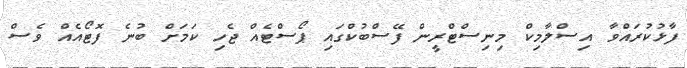
ފާޅުކުރައްވާ އިސްލާމިކް މިނިސްޓްރީން ފޭސްބުކްގައި ޕޯސްޓެއް ޖެހި ކަމަށް ބުނެ ފޮޓޯއެއް ވެސް